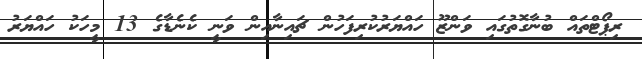
ރިޕޯޓްތައް ބުނާގޮތުގައި ވަންޒޫ ހައްޔަރުކުރިފަހުން ޗައިނާއިން ވަނީ ކެނެޑާގެ 13 މީހަކު ހައްޔަރު